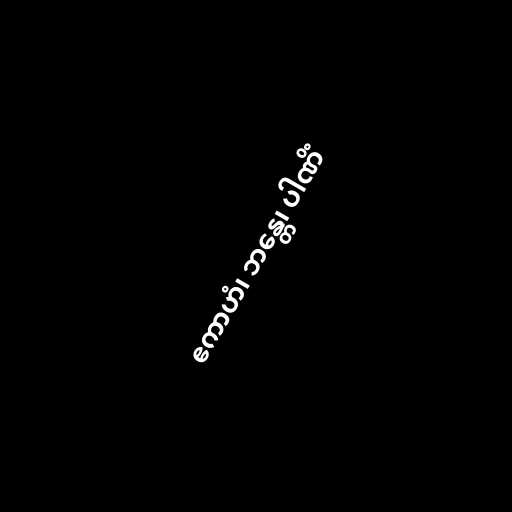
ဧကာဟံ၊ ဘန္တေ၊ ပါဏိံ